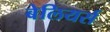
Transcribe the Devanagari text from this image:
बेलियर्स